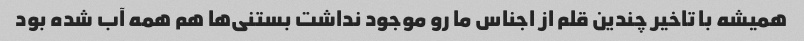
همیشه با تاخیر چندین قلم از اجناس ما رو موجود نداشت بستنی‌ها هم همه آب شده بود